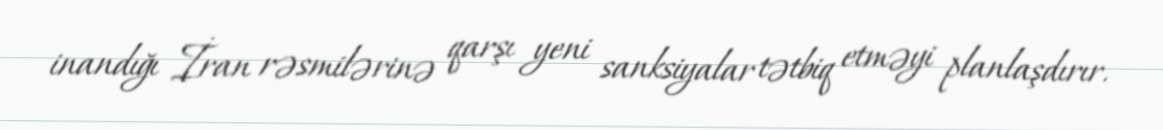
inandığı İran rəsmilərinə qarşı yeni sanksiyalar tətbiq etməyi planlaşdırır.